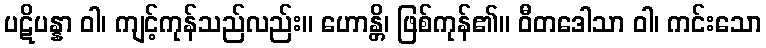
ပဋိပန္နာ ဝါ၊ ကျင့်ကုန်သည်လည်း။ ဟောန္တိ၊ ဖြစ်ကုန်၏။ ဝီတဒေါသာ ဝါ၊ ကင်းသော